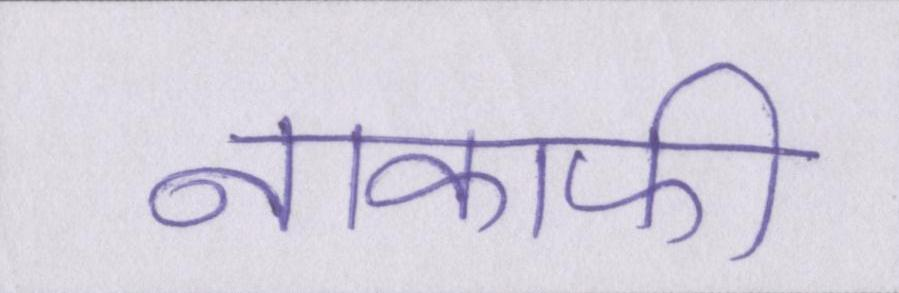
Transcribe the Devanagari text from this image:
नाकाफी